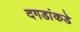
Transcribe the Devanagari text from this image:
दगडांकडे